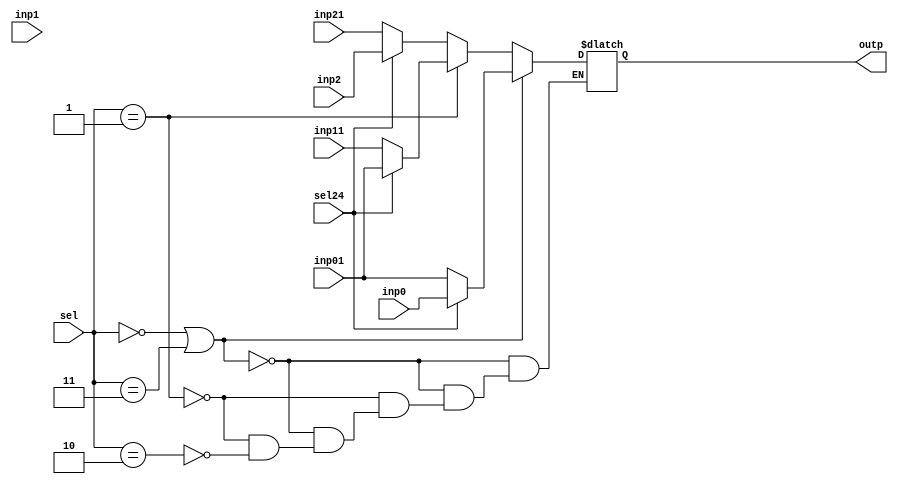
`timescale 1ns / 1ps
//////////////////////////////////////////////////////////////////////////////////
// Company: 
// Engineer: 
// 
// Design Name: 
// Module Name:    mux3 
// Project Name: 
// Target Devices: 
// Tool versions: 
// Description: 
//
// Dependencies: 
//
// Revision: 
// Revision 0.01 - File Created
// Additional Comments: 
//
//////////////////////////////////////////////////////////////////////////////////
module mux3(
   output reg [3:0] outp,
	input [3:0] inp0, inp01, inp1, inp11, inp2, inp21,
	input [1:0] sel, input sel24);
	
	always @ (*)
	begin
	   if (sel==0 || sel==3)
	      outp = (sel24==1)? inp0:inp01;
		else if (sel==1)
	      outp = (sel24==1)? inp01:inp11;		
		else if (sel==2)	      
		   outp =(sel24==1)? inp2:inp21;
	end
endmodule